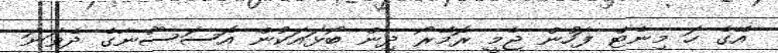
އޭގެ ހަ މިނެޓް ފަހުން ޖެމީ ރޮމޭރޯ ދިން ބޯޅައަކުން އޮސަސޫނާގެ ދެވަނަ